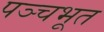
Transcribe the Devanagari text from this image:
पञ्चभूत